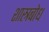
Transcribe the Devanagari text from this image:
शास्त्रबोध